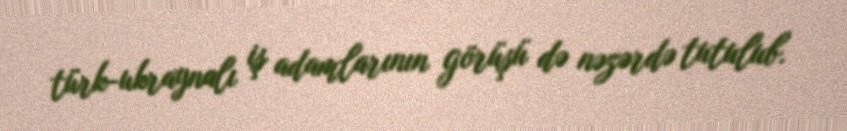
türk-ukraynalı iş adamlarının görüşü də nəzərdə tutulub.